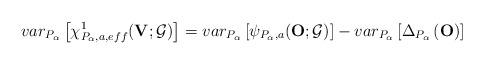
LaTeX: \begin{align*}var_{P_{\alpha }}\left[ \chi _{P_{\alpha},a,eff}^{1}(\mathbf{V};\mathcal{G})\right]=var_{P_{\alpha }}\left[ \psi _{P_{\alpha },a}(\mathbf{O};\mathcal{G})\right]-var_{P_{\alpha }}\left[ \Delta _{P_{\alpha }}\left( \mathbf{O}\right) \right] \end{align*}